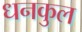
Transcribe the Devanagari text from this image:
धनकुल